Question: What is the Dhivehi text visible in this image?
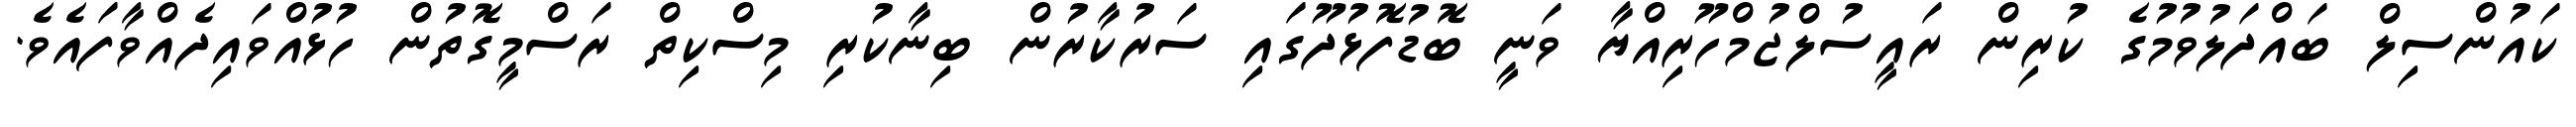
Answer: ކައުންސިލް ބައްދަލުވުމުގެ ކުރިން ރައީސުލްޖުމްހޫރިއްޔާ ވަނީ ބޮޑުފޮޅުދޫގައި ސަރުކާރުން ބިނާކުރި މިސްކިތް ރަސްމީގޮތުން ހުޅުއްވައިދެއްވާފައެވެ.